Annual report of the Civil Veterinary Department, Bengal, and of the Bengal Veterinary College for the year 1905-1906 - 1905-1906
Year: 1905
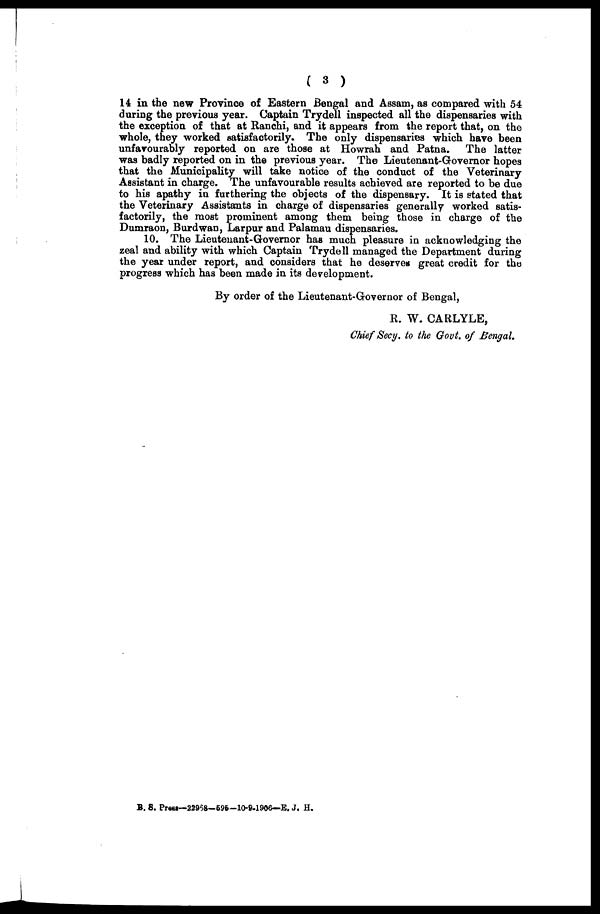
(3)
14 in the new Province of Eastern Bengal and Assam, as compared with 54
during the previous year. Captain Trydell inspected all the dispensaries with
the exception of that at Ranchi, and it appears from the report that, on the
whole, they worked satisfactorily. The only dispensaries which have been
unfavourably reported on are those at Howrah and Patna. The latter
was badly reported on in the previous year. The Lieutenant-Governor hopes
that the Municipality will take notice of the conduct of the Veterinary
Assistant in charge. The unfavourable results achieved are reported to be due
to his apathy in furthering the objects of the dispensary. It is stated that
the Veterinary Assistants in charge of dispensaries generally worked satis-
factorily, the most prominent among them being those in charge of the
Dumraon, Burdwan, Larpur and Palamau dispensaries.
10. The Lieutenant-Governor has much pleasure in acknowledging the
zeal and ability with which Captain Trydell managed the Department during
the year under report, and considers that he deserves great credit for the
progress which has been made in its development.
By order of the Lieutenant-Governor of Bengal,
R. W. CARLYLE,
Chief Secy. to the Govt. of Bengal.
B. S. Press—22958—596—10-9-1906—E. J. H.